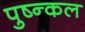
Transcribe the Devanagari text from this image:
पुष्न्कल